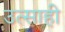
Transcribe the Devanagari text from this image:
उत्‍साही